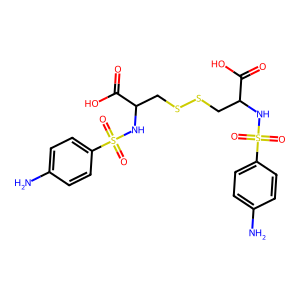
SMILES: Nc1ccc(S(=O)(=O)NC(CSSCC(NS(=O)(=O)c2ccc(N)cc2)C(=O)O)C(=O)O)cc1
Inhibits HIV replication: No